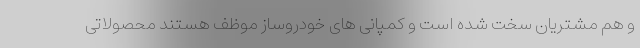
و هم مشتریان سخت شده است و کمپانی های خودروساز موظف هستند محصولاتی